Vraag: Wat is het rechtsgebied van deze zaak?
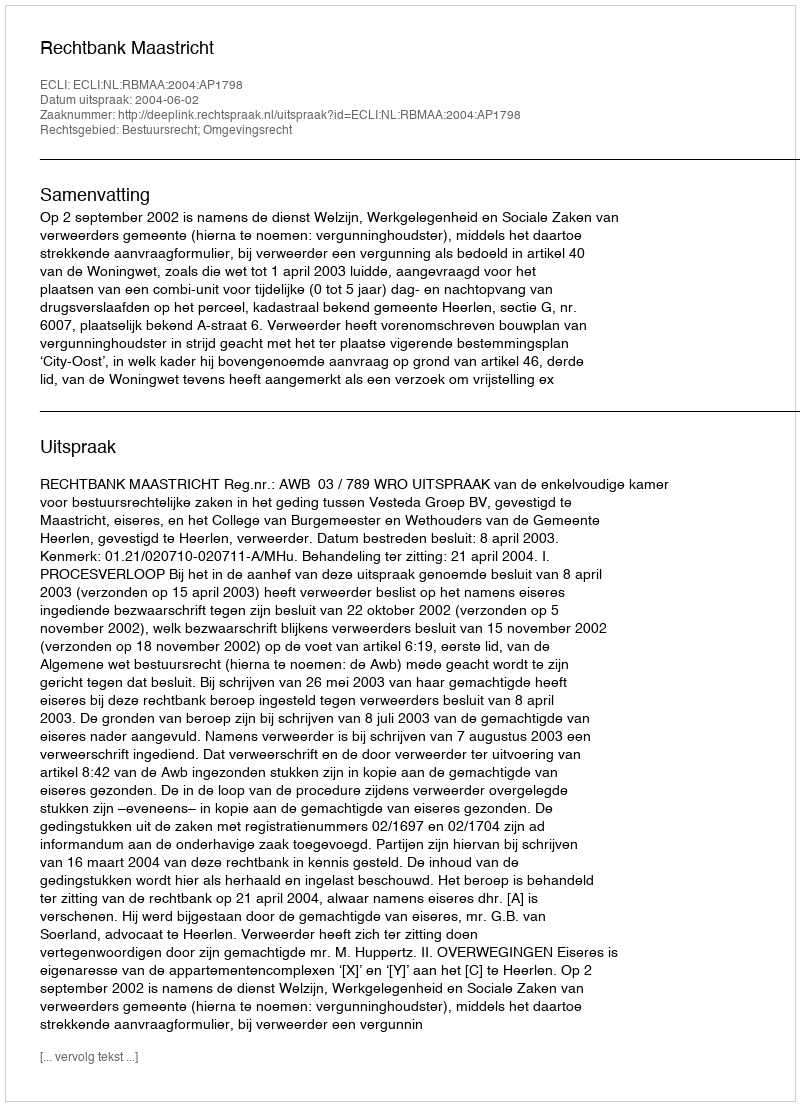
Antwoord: Bestuursrecht; Omgevingsrecht